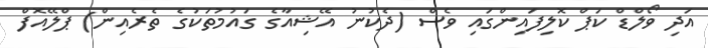
އަދި ވޯލްޑް ކަޕް ކޮލިފައިންގައި ވެސް (ދެކުނު އޭޝިއާގެ ގައުމުތަކުގެ ތެރެއިން) ޕްލޭއޮފް